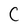
Character: C